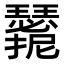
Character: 𭣑